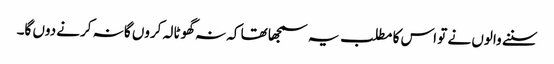
سننے والوں نے تو اس کا مطلب یہ سمجھا تھا کہ نہ گھوٹالہ کروں گا نہ کرنے دوں گا۔